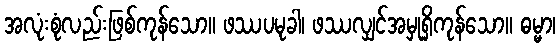
အလုံးစုံလည်းဖြစ်ကုန်သော။ ဖဿပမုခါ၊ ဖဿလျှင်အမှုရှိကုန်သော။ ဓမ္မာ၊